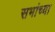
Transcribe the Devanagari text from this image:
सभांच्या